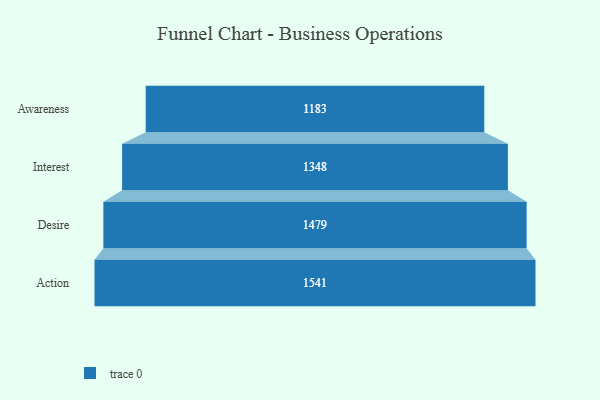
{"axis": {"x": "Stage", "y": "Value"}, "legend": [""], "data": [{"x": "Awareness", "y": 1183.0, "type": ""}, {"x": "Interest", "y": 1348.0, "type": ""}, {"x": "Desire", "y": 1479.0, "type": ""}, {"x": "Action", "y": 1541.0, "type": ""}]}